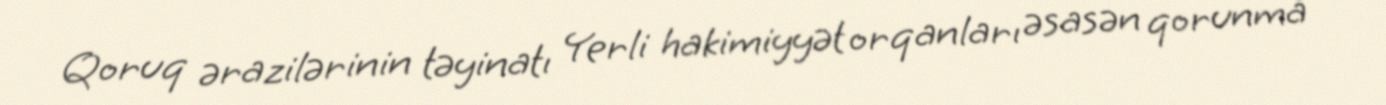
Qoruq ərazilərinin təyinatı Yerli hakimiyyət orqanları əsasən qorunma